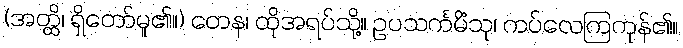
(အတ္ထိ၊ ရှိတော်မူ၏။) တေန၊ ထိုအရပ်သို့။ ဥပသင်္ကမိံသု၊ ကပ်လေကြကုန်၏။